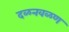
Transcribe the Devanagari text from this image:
दळनवळण